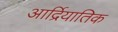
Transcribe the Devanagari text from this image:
आर्द्रियातिक